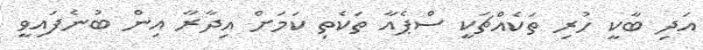
އަދި ބާކީ ހުރި ތަކެއްޗަކީ ސްޕެއާ ތަކެތި ކަމަށް އިދާރާ އިން ބުނެފައިވީ